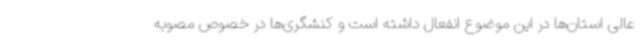
عالی استان‌ها در این موضوع انفعال داشته است و کنشگری‌ها در خصوص مصوبه